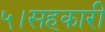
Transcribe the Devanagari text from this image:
५।सहकारी